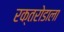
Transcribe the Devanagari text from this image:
रक्तरोडाला